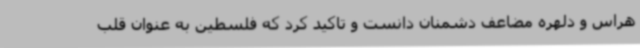
هراس و دلهره مضاعف دشمنان دانست و تاکید کرد که فلسطین به عنوان قلب